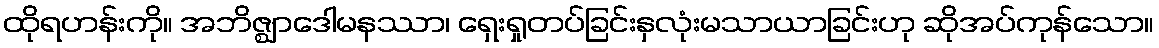
ထိုရဟန်းကို။ အဘိဇ္ဈာဒေါမနဿာ၊ ရှေးရှုတပ်ခြင်းနှလုံးမသာယာခြင်းဟု ဆိုအပ်ကုန်သော။